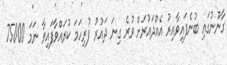
ގާނޫނުގައި ބުނެފައިވާއިރު އެއްދައުރަށް ވުރެ ގިނަ ދައުރު ފުރިހަމަ ކުރައްވާފައިވާ ނަމަ 75000